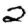
Digit: 2